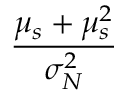
\frac { \mu _ { s } + \mu _ { s } ^ { 2 } } { \sigma _ { N } ^ { 2 } }